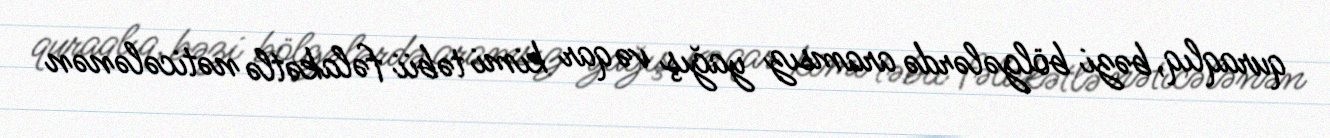
quraqlıq, bəzi bölgələrdə aramsız yağış və qar kimi təbii fəlakətlə nəticələnən